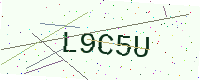
Text: L9C5U